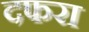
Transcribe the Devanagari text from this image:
दफरा